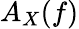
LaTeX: A_{X}(f)